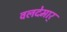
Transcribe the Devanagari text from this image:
वलदेमार्